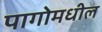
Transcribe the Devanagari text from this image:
पागोमधील